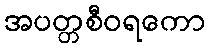
အပတ္တစီဝရကော